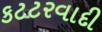
કટટરવાદી